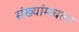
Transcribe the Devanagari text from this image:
संख्यांमधला